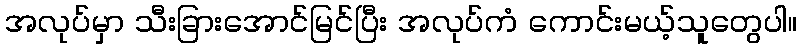
အလုပ်မှာ သီးခြားအောင်မြင်ပြီး အလုပ်ကံ ကောင်းမယ့်သူတွေပါ။